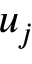
u _ { j }